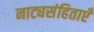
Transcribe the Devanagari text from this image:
नाट्यसंहिताएँ